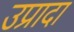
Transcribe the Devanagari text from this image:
उप्रादा